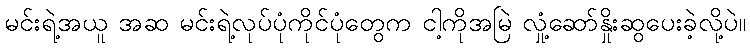
မင်းရဲ့အယူ အဆ မင်းရဲ့လုပ်ပုံကိုင်ပုံတွေက ငါ့ကိုအမြဲ လှုံ့ဆော်နှိုးဆွပေးခဲ့လို့ပဲ။